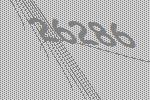
26286